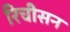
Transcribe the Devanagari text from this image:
रिचीसन